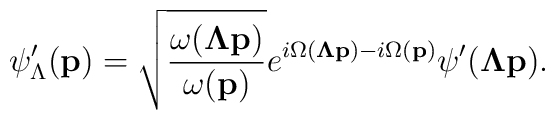
\psi'_{\Lambda}({\bf p})=\sqrt{\frac{\omega({{\bf \Lambda p}})}{\omega({\bf p})}}e^{i\Omega({\bf \Lambda p})-i\Omega({\bf p})}\psi'({\bf \Lambda p}).